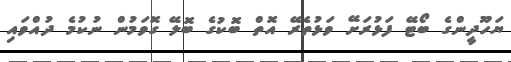
ޔަހޫދީންގެ ބޯޓޭ ފަޅުރަށޭ ވަޅުތެރޭ އޮތް ބޮކުގެ ބޮލޭ ގޮވަމުން ނުކުމެ ދުއްވައި